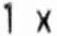
1 X